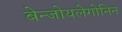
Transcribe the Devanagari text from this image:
बेन्जोयलेगोनिन